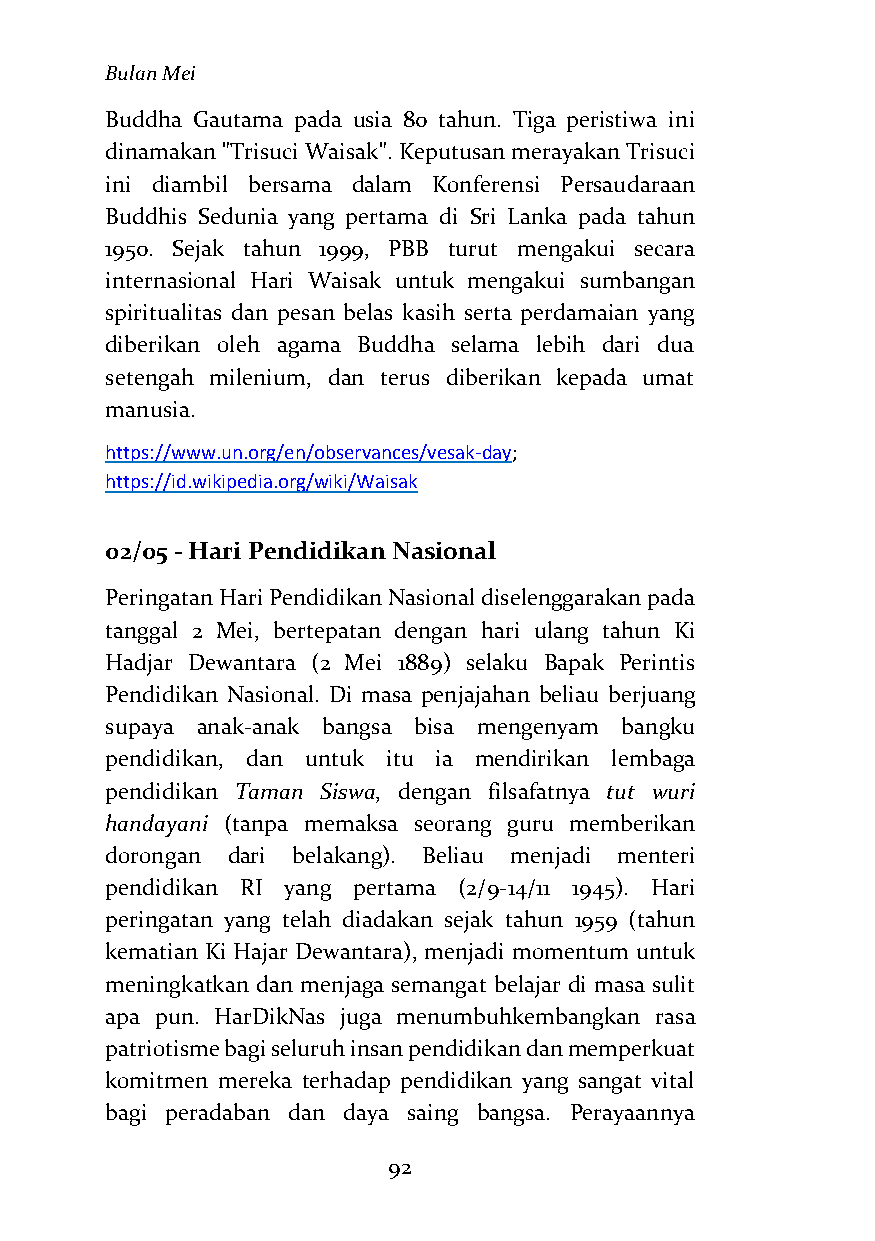
Bulan Mei
 Buddha Gautama pada usia 80 tahun. Tiga peristiwa ini
 dinamakan "Trisuci Waisak". Keputusan merayakan Trisuci
 ini diambil bersama dalam Konferensi Persaudaraan
 Buddhis Sedunia yang pertama di Sri Lanka pada tahun
 1950. Sejak tahun 1999, PBB turut mengakui secara
 internasional Hari Waisak untuk mengakui sumbangan
 spiritualitas dan pesan belas kasih serta perdamaian yang
 diberikan oleh agama Buddha selama lebih dari dua
 setengah milenium, dan terus diberikan kepada umat
 manusia.
 https://www.un.org/en/observances/vesak-day;
 https://id.wikipedia.org/wiki/Waisak
 02/05 - Hari Pendidikan Nasional
 Peringatan Hari Pendidikan Nasional diselenggarakan pada
 tanggal 2 Mei, bertepatan dengan hari ulang tahun Ki
 Hadjar Dewantara (2 Mei 1889) selaku Bapak Perintis
 Pendidikan Nasional. Di masa penjajahan beliau berjuang
 supaya anak-anak bangsa bisa mengenyam bangku
 pendidikan, dan untuk itu ia mendirikan lembaga
 pendidikan Taman Siswa, dengan filsafatnya tut wuri
 handayani (tanpa memaksa seorang guru memberikan
 dorongan dari belakang). Beliau menjadi menteri
 pendidikan RI yang pertama (2/9-14/11 1945). Hari
 peringatan yang telah diadakan sejak tahun 1959 (tahun
 kematian Ki Hajar Dewantara), menjadi momentum untuk
 meningkatkan dan menjaga semangat belajar di masa sulit
 apa pun. HarDikNas juga menumbuhkembangkan rasa
 patriotisme bagi seluruh insan pendidikan dan memperkuat
 komitmen mereka terhadap pendidikan yang sangat vital
 bagi peradaban dan daya saing bangsa. Perayaannya
 92